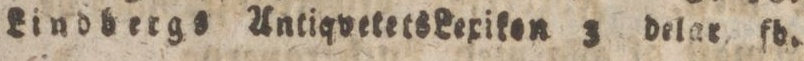
Lindbergs Antiqvetets Lexiken 3 delar. fd.